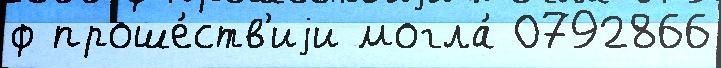
ф проше́ств'иjи могла́ 0792866